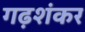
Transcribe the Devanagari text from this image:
गढ़शंकर